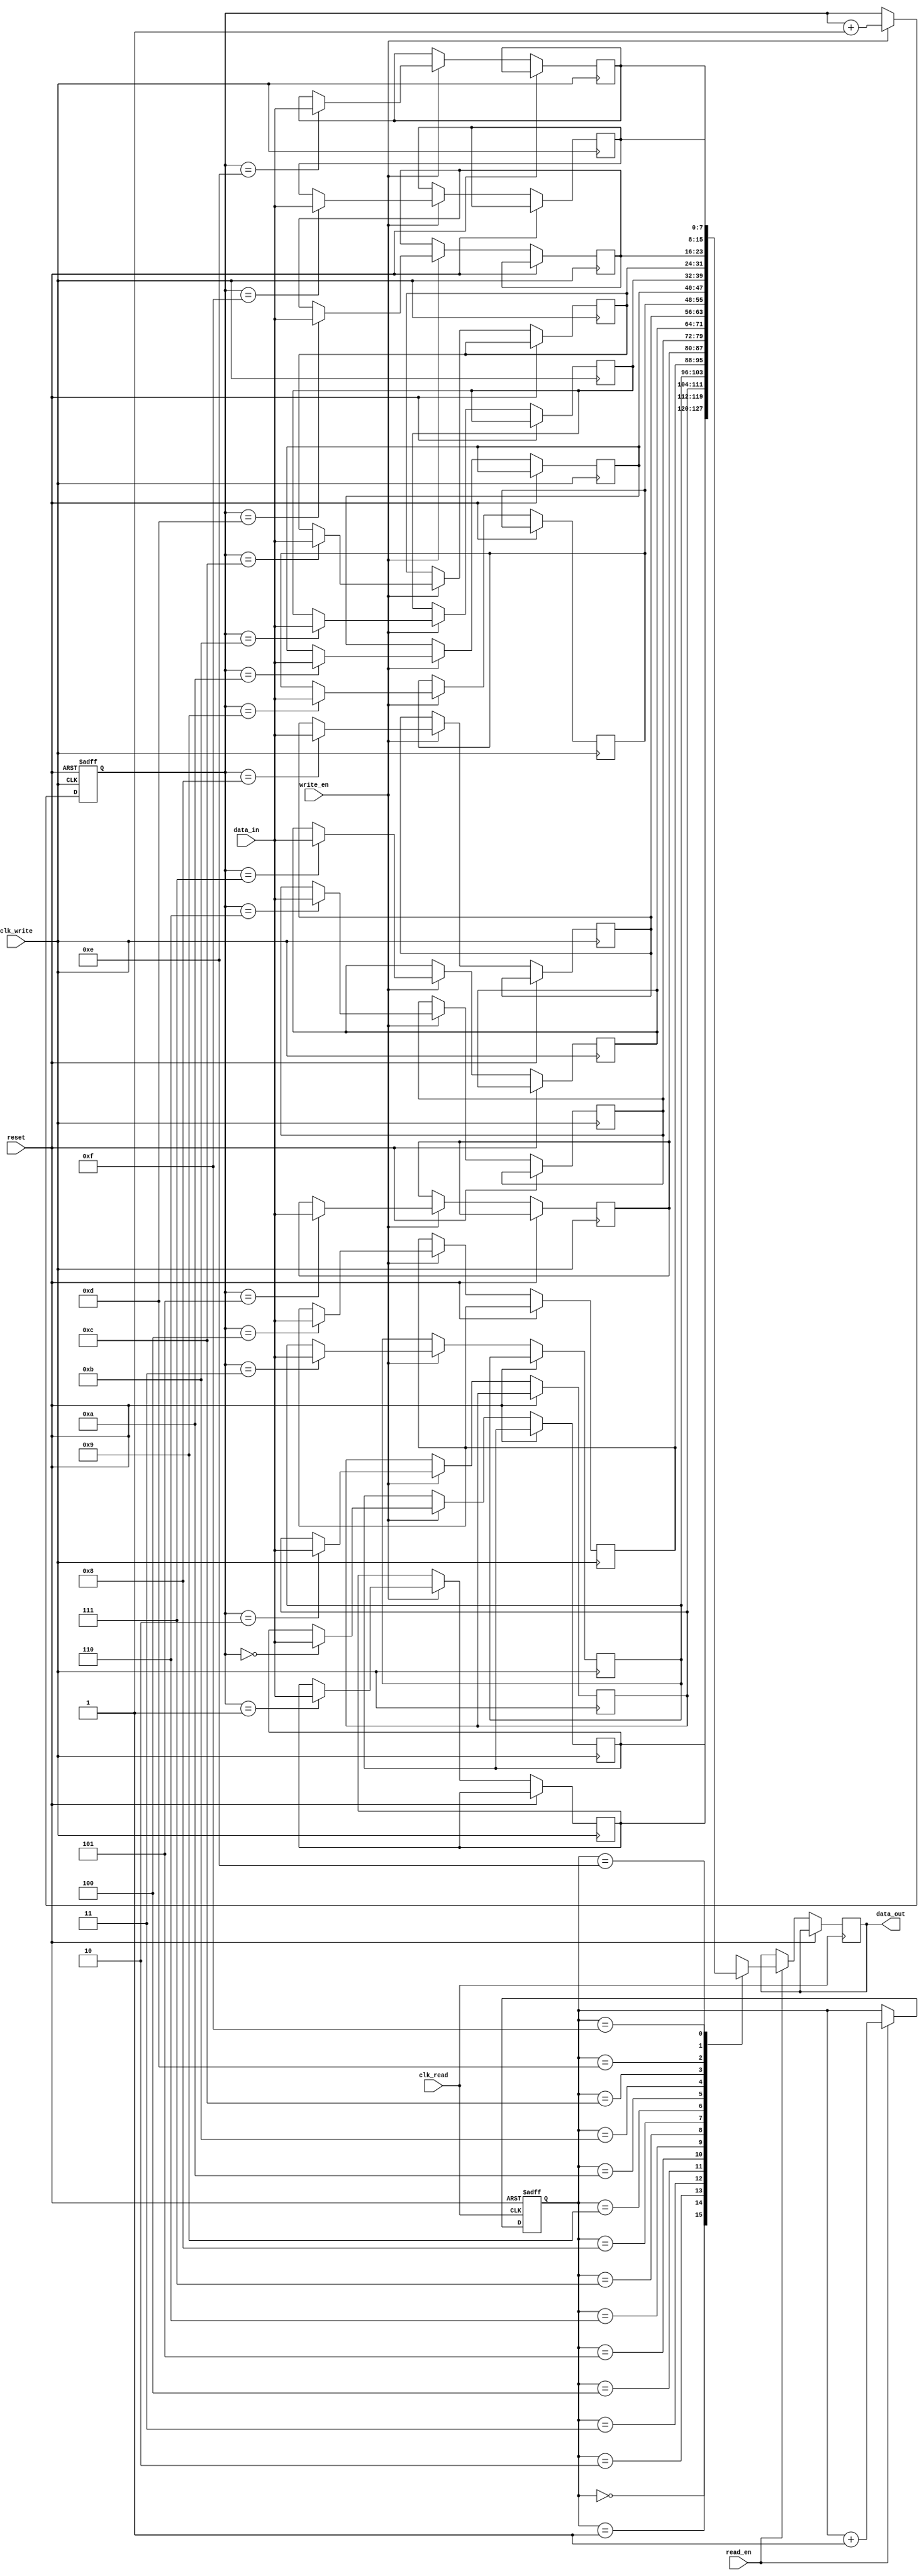
module DualPortFIFO (
    input wire clk_write, // Clock signal for write port
    input wire clk_read,  // Clock signal for read port
    input wire reset,     // Reset signal
    input wire [DATA_WIDTH-1:0] data_in,  // Data input
    input wire write_en,  // Write enable signal
    output reg [DATA_WIDTH-1:0] data_out, // Data output
    input wire read_en     // Read enable signal
);

parameter DATA_WIDTH = 8; // Set data width to 8 bits

reg [DATA_WIDTH-1:0] fifo_mem [0:15]; // FIFO buffer memory with 16 slots

reg [3:0] write_ptr = 0; // Write pointer
reg [3:0] read_ptr = 0;  // Read pointer

always @(posedge clk_write or posedge reset) begin
    if (reset) begin
        write_ptr <= 0;
    end else if (write_en) begin
        fifo_mem[write_ptr] <= data_in;
        write_ptr <= write_ptr + 1;
    end
end

always @(posedge clk_read or posedge reset) begin
    if (reset) begin
        read_ptr <= 0;
    end else if (read_en) begin
        data_out <= fifo_mem[read_ptr];
        read_ptr <= read_ptr + 1;
    end
end

endmodule